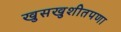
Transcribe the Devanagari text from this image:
खुसखुशीतपणा